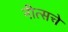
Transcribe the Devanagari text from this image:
नीत्सचे